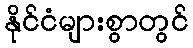
နိုင်ငံများစွာတွင်